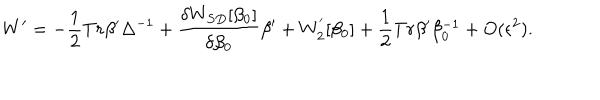
LaTeX: W ^ { \prime } = - \frac { 1 } { 2 } T r \beta ^ { \prime } \Delta ^ { - 1 } + \frac { \delta W _ { S D } [ \beta _ { 0 } ] } { \delta \beta _ { 0 } } \beta { ' } + W _ { 2 } ^ { ' } [ \beta _ { 0 } ] + \frac { 1 } { 2 } T r \beta ^ { \prime } \beta _ { 0 } ^ { - 1 } + O ( \epsilon ^ { 2 } ) .